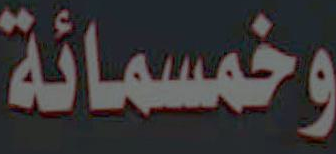
وخمسمائة